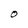
Character: O